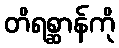
တိရစ္ဆာန်ကို